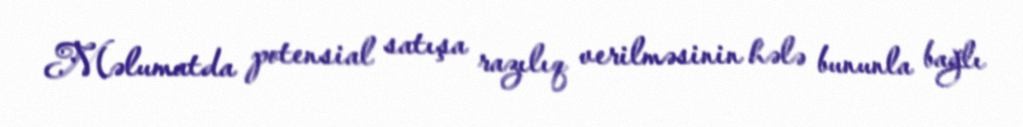
Məlumatda potensial satışa razılıq verilməsinin hələ bununla bağlı